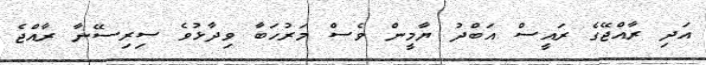
އަދި ރާއްޖޭގެ ރައީސް އަބްދު ޔާމީން ވެސް މަރުހަބާ ވިދާޅުވެ ސިރިސޭނާ ރާއްޖެ